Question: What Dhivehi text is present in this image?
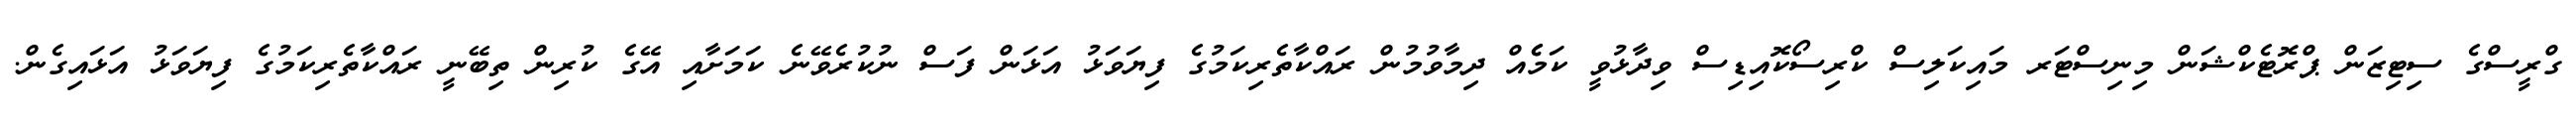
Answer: ގްރީސްގެ ސިޓިޒަން ޕްރޮޓެކްޝަން މިނިސްޓަރ މައިކަލިސް ކްރިސޯކޮއިޑިސް ވިދާޅުވީ ކަމެެއް ދިމާވުމުން ރައްކާތެރިކަމުގެ ފިޔަވަޅު އަޅަން ފަސް ނުކުރެވޭނެ ކަމަށާއި އޭގެ ކުރިން ތިބޭނީ ރައްކާތެރިކަމުގެ ފިޔަވަޅު އަޅައިގެން.